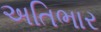
અતિભાર